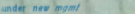
under new mgmt